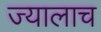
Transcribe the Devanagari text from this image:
ज्यालाच